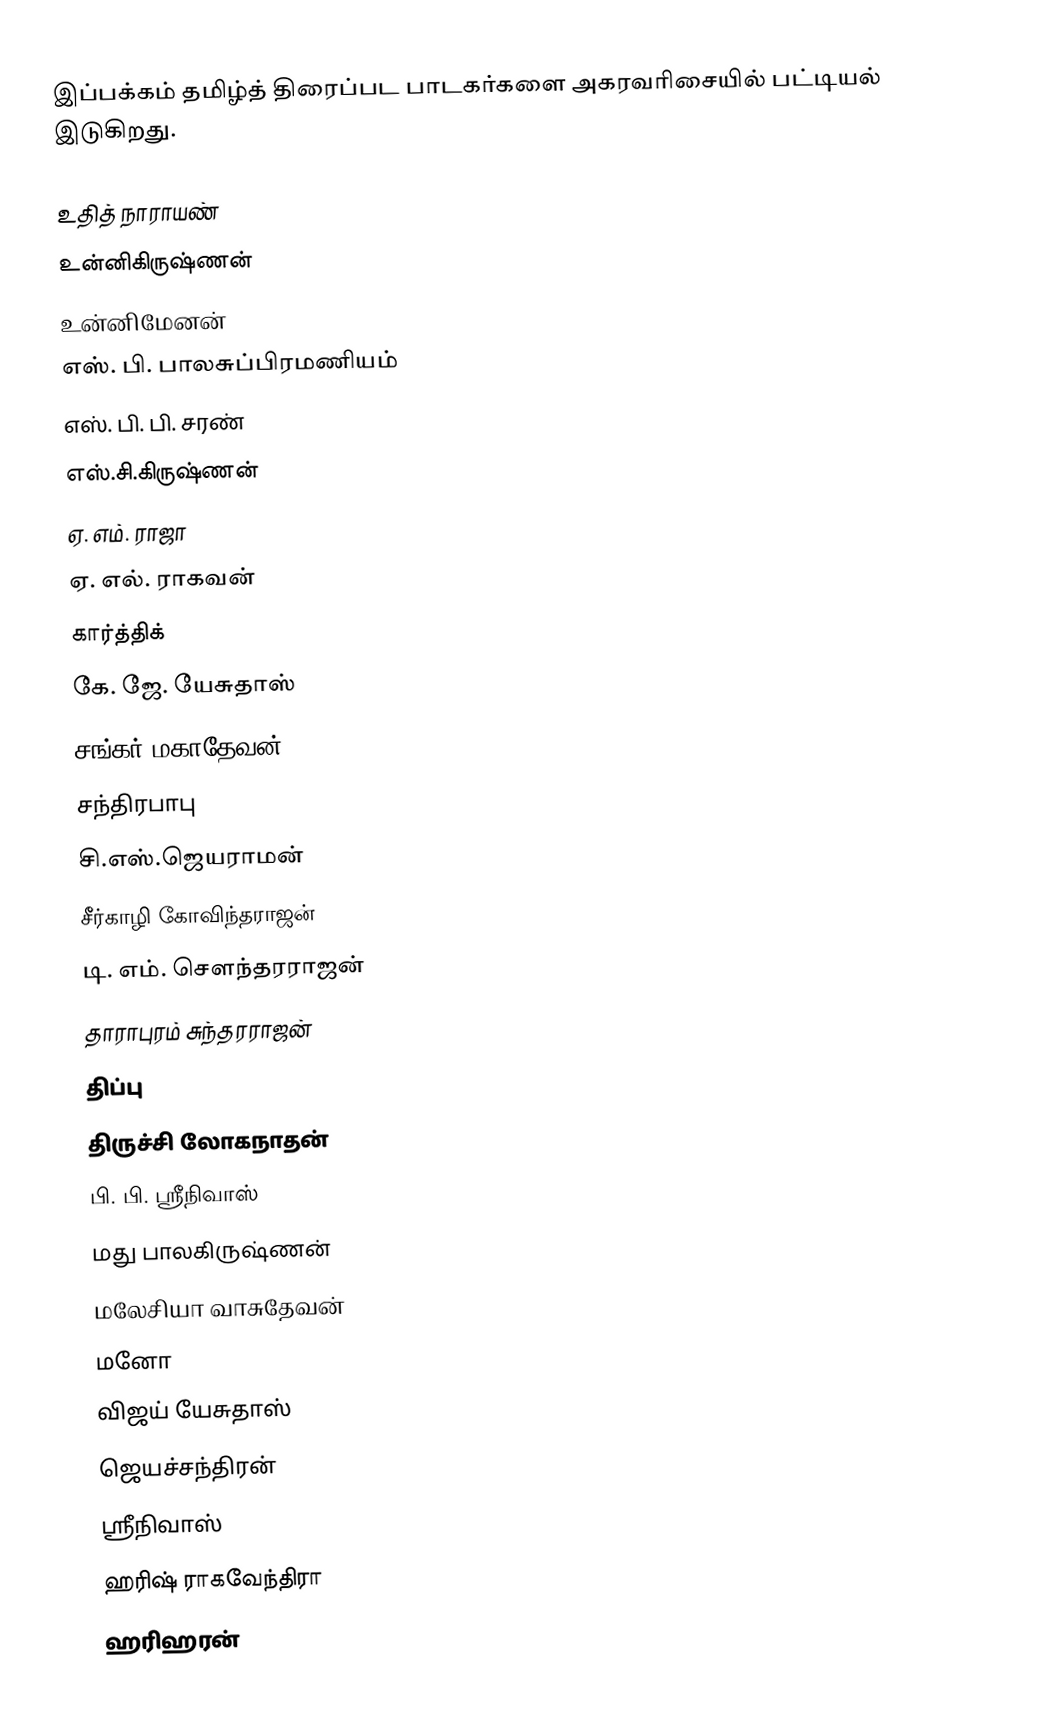
இப்பக்கம் தமிழ்த் திரைப்பட பாடகர்களை அகரவரிசையில் பட்டியல் இடுகிறது.

உதித் நாராயண்
உன்னிகிருஷ்ணன்
உன்னிமேனன்
எஸ். பி. பாலசுப்பிரமணியம்
எஸ். பி. பி. சரண்
எஸ்.சி.கிருஷ்ணன்
ஏ. எம். ராஜா
ஏ. எல். ராகவன்
கார்த்திக்
கே. ஜே. யேசுதாஸ்
சங்கர் மகாதேவன்
சந்திரபாபு
சி.எஸ்.ஜெயராமன்
சீர்காழி கோவிந்தராஜன்
டி. எம். சௌந்தரராஜன்
தாராபுரம் சுந்தரராஜன்
திப்பு
திருச்சி லோகநாதன்
பி. பி. ஸ்ரீநிவாஸ்
மது பாலகிருஷ்ணன்
மலேசியா வாசுதேவன்
மனோ
விஜய் யேசுதாஸ்
ஜெயச்சந்திரன்
ஸ்ரீநிவாஸ்
ஹரிஷ் ராகவேந்திரா
ஹரிஹரன்